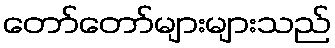
တော်တော်များများသည်